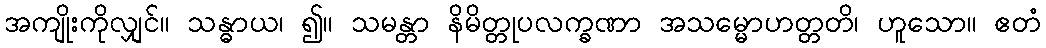
အကျိုးကိုလျှင်။ သန္ဓာယ၊ ၍။ သမန္တာ နိမိတ္တုပလက္ခဏာ အသမ္မောဟတ္တတိ၊ ဟူသော။ ဧတံ